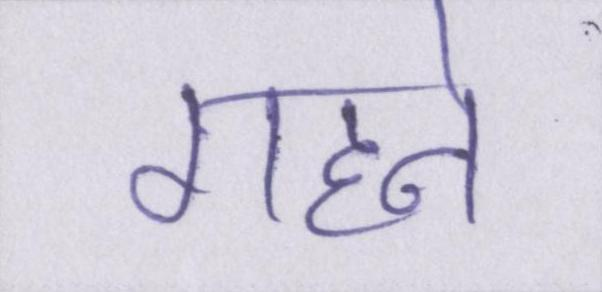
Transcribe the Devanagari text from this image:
गहने